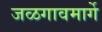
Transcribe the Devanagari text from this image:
जळगावमार्गे